Problem: 4 × 5 = ?
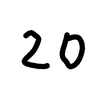
Handwritten answer: 20